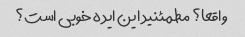
واقعا؟ مطمئنید این ایده خوبی است؟